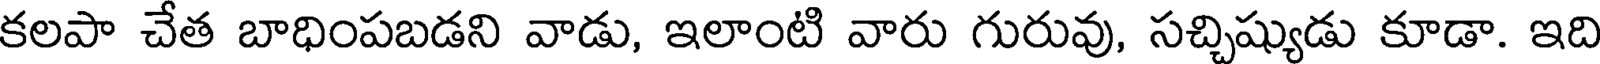
కలపా చేత బాధింపబడని వాడు, ఇలాంటి వారు గురువు, సచ్చిష్యుడు కూడా. ఇది